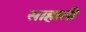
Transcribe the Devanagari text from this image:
साहाती